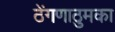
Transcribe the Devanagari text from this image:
ठेंगणाठुमका